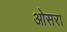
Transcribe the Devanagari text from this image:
ओसरा